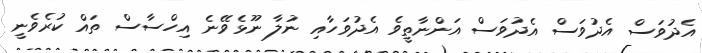
އެދުވަސް އެދުވަސް އެދުވަސް އަންނާތީވެ އެދުވަހާއި ނުލާ ނޫޅެވޭނެ އިހްސާސް ތައް ކުރެވެނީ